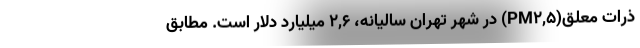
ذرات معلق(PM۲,۵) در شهر تهران سالیانه، ۲,۶ میلیارد دلار است. مطابق